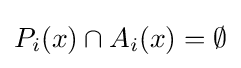
P_{i}(x)\cap A_{i}(x)=\emptyset